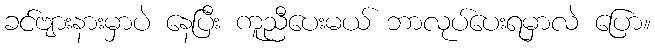
ခင်ဗျားနားမှာပဲ နေပြီး ကူညီပေးမယ် ဘာလုပ်ပေးရမှာလဲ ပြော။